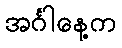
အင်္ဂါနေ့က